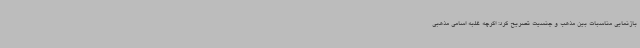
بازنمایی مناسبات بین مذهب و جنسیت تصریح کرد: اگرچه غلبه اسامی مذهبی